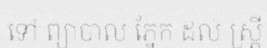
ទៅ ព្យាបាល ភ្នែក ដល់ ស្ត្រី